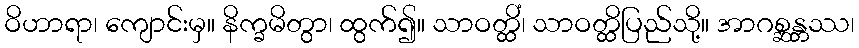
ဝိဟာရာ၊ ကျောင်းမှ။ နိက္ခမိတွာ၊ ထွက်၍။ သာဝတ္ထိံ၊ သာဝတ္ထိပြည်သို့။ အာဂစ္ဆန္တဿ၊